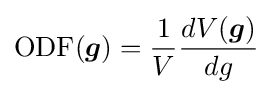
{\text{ODF}}({\boldsymbol {g}})={\frac {1}{V}}{\frac {dV({\boldsymbol {g}})}{dg}}